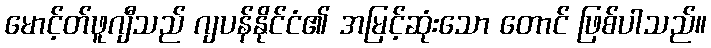
မောင့်တ်ဖူဂျီသည် ဂျပန်နိုင်ငံ၏ အမြင့်ဆုံးသော တောင် ဖြစ်ပါသည်။